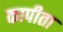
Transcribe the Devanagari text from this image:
कापीता